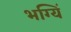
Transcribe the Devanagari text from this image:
भग्यिं